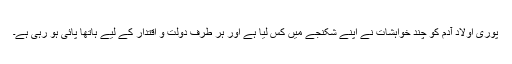
پوری اولادِ آدم کو چند خواہشات نے اپنے شکنجے میں کس لیا ہے اور ہر طرف دولت و اقتدار کے لیے ہاتھا پائی ہو رہی ہے۔